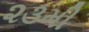
૨૩મી